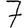
Digit: 7